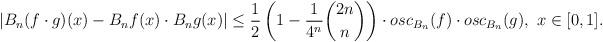
LaTeX: \begin{align*}\left|B_n(f\cdot g)(x)-B_nf(x)\cdot B_ng(x)\right|\leq\frac{1}{2}\left(1-\frac{1}{4^n}\binom{2n}{n}\right)\cdot osc_{B_n}(f)\cdot osc_{B_n}(g),\ x\in[0,1].\end{align*}